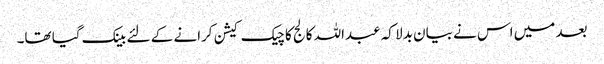
بعد میں اس نے بیان بدلا کہ عبداللہ کالج کا چیک کیشن کرانے کے لئے بینک گیا تھا۔